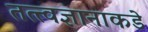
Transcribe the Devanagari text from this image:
तत्त्वज्ञानाकडे